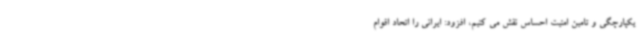
یکپارچگی و تامین امنیت احساس نقش می کنیم، افزود: ایرانی را اتحاد اقوام